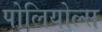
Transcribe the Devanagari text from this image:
पोलियोल्स